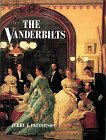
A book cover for The Vanderbilts; Jerry E. Patterson; Reference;